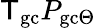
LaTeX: {\sf T}_{\mathrm{gc}}P_{\mathrm{gc}\Theta}